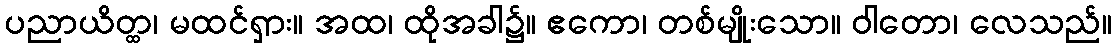
ပညာယိတ္ထ၊ မထင်ရှား။ အထ၊ ထိုအခါ၌။ ဧကော၊ တစ်မျိုးသော။ ဝါတော၊ လေသည်။